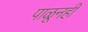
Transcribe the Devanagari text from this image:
पाळूनही